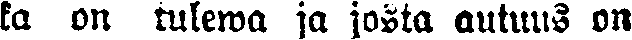
ta on tulewa ja josta autuus on